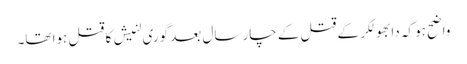
واضح ہو کہ دابھولکر کے قتل کے چار سال بعد گوری لنیش کا قتل ہوا تھا۔